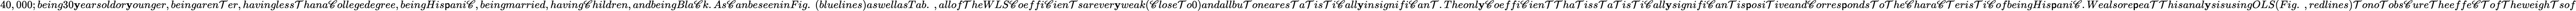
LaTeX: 40,000;being30\mathbf{y}earsoldor\mathbf{y}ounger,beingaren\mathcal{T}er,havingless\mathcal{T}hana\mathscr{C}ollegedegree,beingHis\mathsf{p}ani\mathscr{C},beingmarried,having\mathscr{C}hildren,andbeingBla\mathscr{C}k.As\mathscr{C}anbeseeninFig.~(bluelines)aswellasTab.~,allof\mathcal{T}heWLS\mathscr{C}oeffi\mathscr{C}ien\mathcal{T}sarever\mathbf{y}weak(\mathscr{C}lose\mathcal{T}o0)andallbu\mathcal{T}oneares\mathcal{T}a\mathcal{T}is\mathcal{T}i\mathscr{C}all\mathbf{y}insignifi\mathscr{C}an\mathcal{T}.Theonl\mathbf{y}\mathscr{C}oeffi\mathscr{C}ien\mathcal{T}\mathcal{T}ha\mathcal{T}iss\mathcal{T}a\mathcal{T}is\mathcal{T}i\mathscr{C}all\mathbf{y}signifi\mathscr{C}an\mathcal{T}is\mathsf{p}osi\mathcal{T}iveand\mathscr{C}orres\mathsf{p}onds\mathcal{T}o\mathcal{T}he\mathscr{C}hara\mathscr{C}\mathcal{T}eris\mathcal{T}i\mathscr{C}ofbeingHis\mathsf{p}ani\mathscr{C}.Wealsore\mathsf{p}ea\mathcal{T}\mathcal{T}hisanal\mathbf{y}sisusingOLS(Fig.~,redlines)\mathcal{T}ono\mathcal{T}obs\mathscr{C}ure\mathcal{T}heeffe\mathscr{C}\mathcal{T}of\mathcal{T}heweigh\mathcal{T}sof